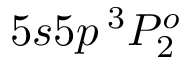
5 s 5 p \, ^ { 3 } P _ { 2 } ^ { o }